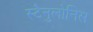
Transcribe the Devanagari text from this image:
स्टैनुलोनिस